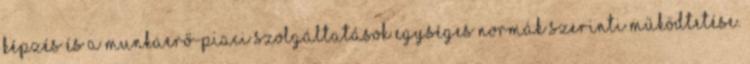
képzés és a munkaerő-piaci szolgáltatások egységes normák szerinti működtetése.